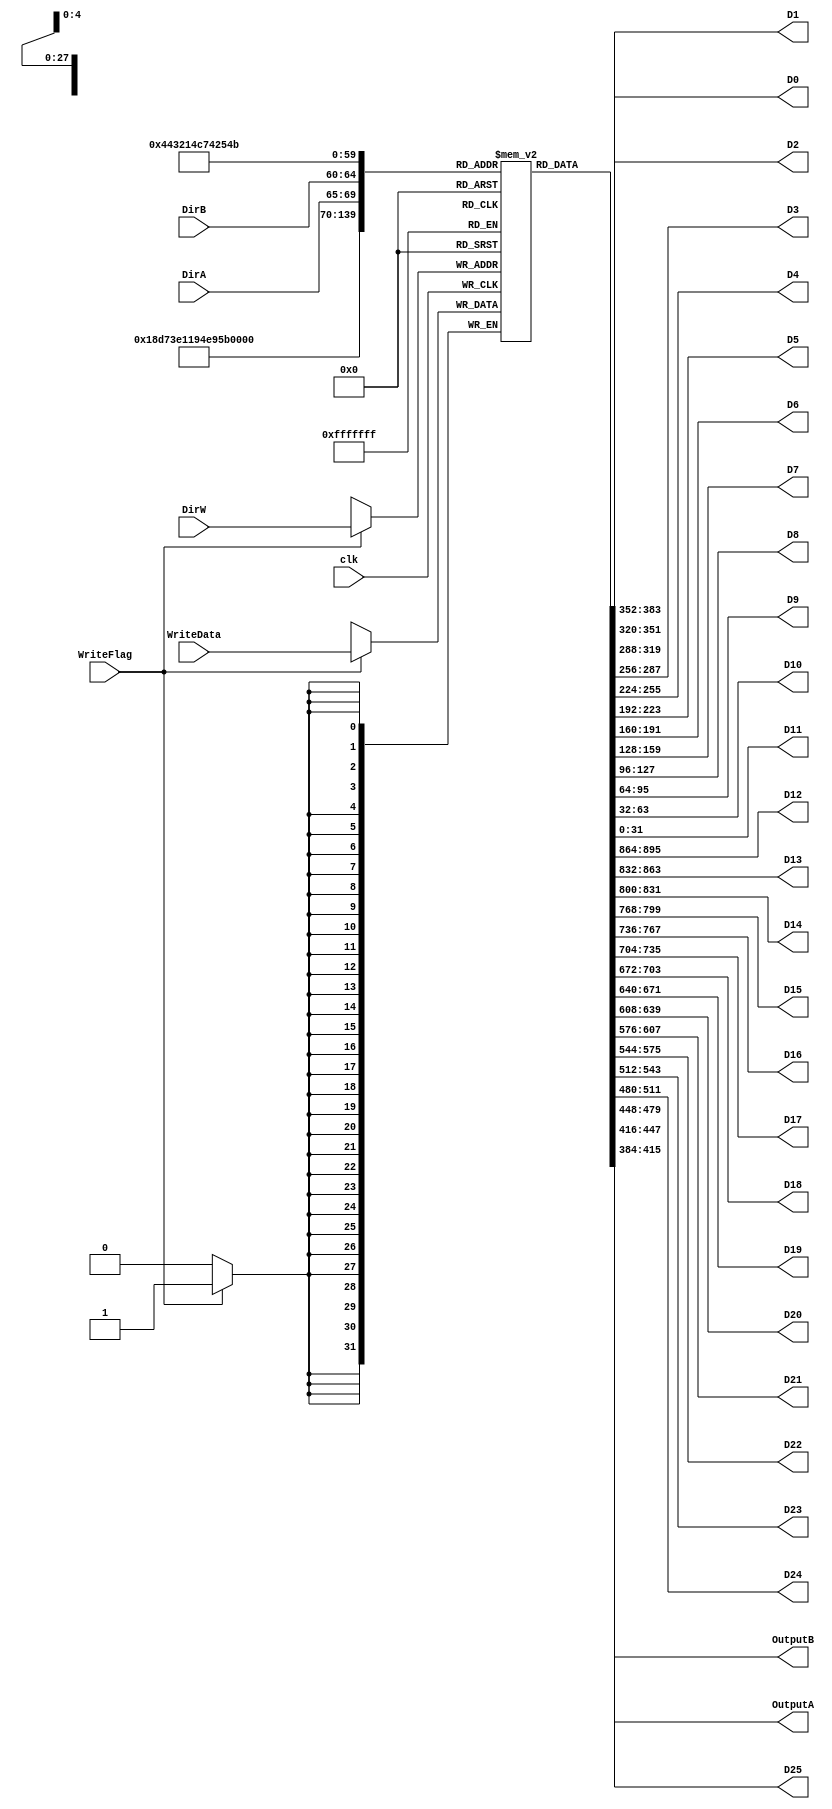
module RegisterBank(
    input clk,
    input WriteFlag,
    input [4:0] DirA,
    input [4:0] DirB,
    input [4:0] DirW,
    input [31:0] WriteData,
	 
	 output [31:0] D0,
	 output [31:0] D1,
	 output [31:0] D2,
	 output [31:0] D3,
	 output [31:0] D4,
	 output [31:0] D5,
	 output [31:0] D6,
	 output [31:0] D7,
	 output [31:0] D8,
	 output [31:0] D9,
	 output [31:0] D10,
	 output [31:0] D11,
	 output [31:0] D12,
	 output [31:0] D13,
	 output [31:0] D14,
	 output [31:0] D15,
	 output [31:0] D16,
	 output [31:0] D17,
	 output [31:0] D18,
	 output [31:0] D19,
	 output [31:0] D20,
	 output [31:0] D21,
	 output [31:0] D22,
	 output [31:0] D23,
	 output [31:0] D24,
	 
	 //------prueba
	 output [31:0] D25,
	 
    output [31:0] OutputA,
    output [31:0] OutputB
    );
	 
reg [31:0] RF [0:31];

initial begin
RF[0] <= 0; 
RF[1] <= 0;
RF[2] <= 0;
RF[3] <= 0;
RF[4] <= 0;
RF[5] <= 0;
RF[6] <= 0;
RF[7] <= 0;
RF[8] <= 0;
RF[9] <= 0;
RF[10] <= 0;
RF[11] <= 0;
RF[12] <= 0;
RF[13] <= 0;
RF[14] <= 0;
RF[15] <= 0;
RF[16] <= 0;
RF[17] <= 0;
RF[18] <= 0;
RF[19] <= 0;
RF[20] <= 0;
RF[21] <= 0;
RF[22] <= 0;
RF[23] <= 0;
RF[24] <= 0;
RF[25] <= 0;
RF[26] <= 0;
RF[27] <= 0;
RF[28] <= 0;
RF[29] <= 0;
RF[30] <= 0;
RF[31] <= 0;
end

always @(posedge clk)
begin
	
if(WriteFlag == 1'b1)
	begin
	RF[DirW] <= WriteData;
	end
end

assign D0 = RF[0];
assign D1 = RF[1];
assign D2 = RF[2];
assign D3 = RF[3];
assign D4 = RF[4];
assign D5 = RF[5];
assign D6 = RF[6];
assign D7 = RF[7];
assign D8 = RF[8];
assign D9 = RF[9];
assign D10 = RF[10];
assign D11 = RF[11];
assign D12 = RF[12];
assign D13 = RF[13];
assign D14 = RF[14];
assign D15 = RF[15];
assign D16 = RF[16];
assign D17 = RF[17];
assign D18 = RF[18];
assign D19 = RF[19];
assign D20 = RF[20];
assign D21 = RF[21];
assign D22 = RF[22];
assign D23 = RF[23];
assign D24 = RF[24];

assign D25 = RF[25];


assign OutputA = RF[DirA];
assign OutputB = RF[DirB];


endmodule